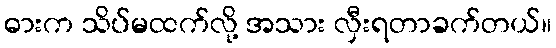
ဓားက သိပ်မထက်လို့ အသား လှီးရတာခက်တယ်။